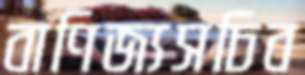
বাণিজ্যসচিব